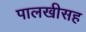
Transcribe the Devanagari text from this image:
पालखीसह